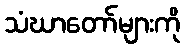
သံဃာတော်များကို